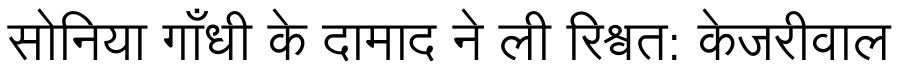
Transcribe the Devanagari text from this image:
सोनिया गाँधी के दामाद ने ली रिश्वत: केजरीवाल